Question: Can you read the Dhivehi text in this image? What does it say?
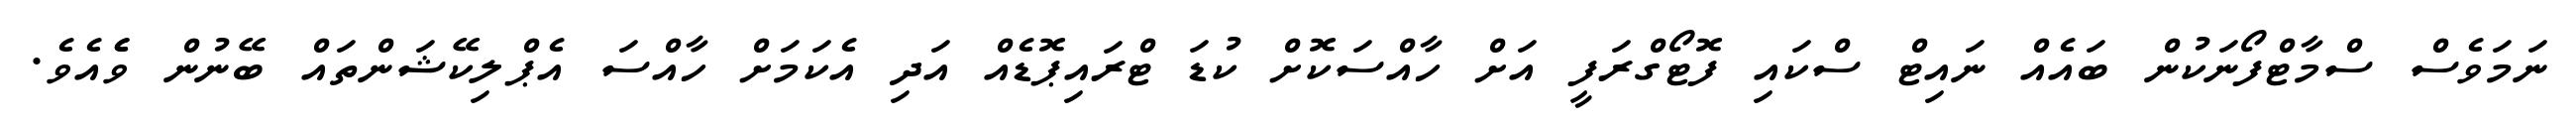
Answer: ނަމަވެސް ސްމާޓްފޯނަކުން ބައެއް ނައިޓް ސްކައި ފޮޓޯގްރަފީ އަށް ހާއްސަކޮށް ކުޑަ ޓްރައިޕޮޑެއް އަދި އެކަމަށް ހާއްސަ އެޕްލިކޭޝަންތައް ބޭނުން ވެެއެވެ.